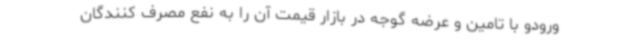
ورودو با تامین و عرضه گوجه در بازار قیمت آن را به نفع مصرف کنندگان